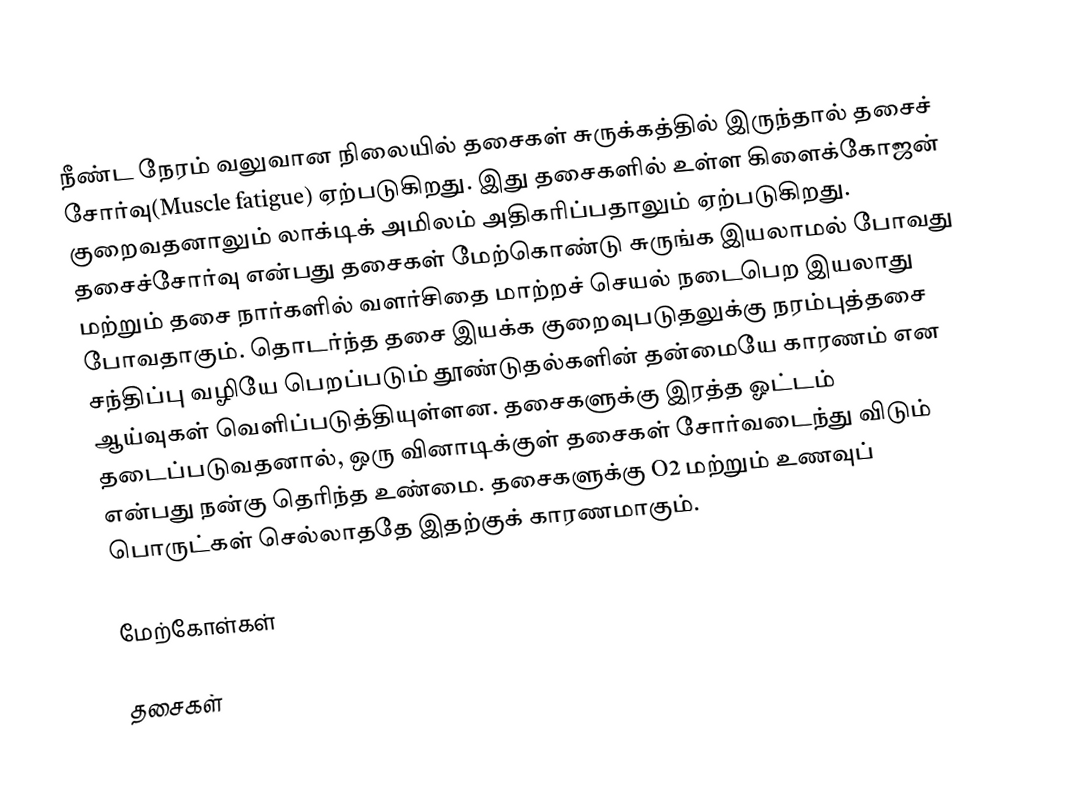
நீண்ட நேரம் வலுவான நிலையில் தசைகள் சுருக்கத்தில் இருந்தால் தசைச் சோர்வு(Muscle fatigue) ஏற்படுகிறது. இது தசைகளில் உள்ள கிளைக்கோஜன் குறைவதனாலும் லாக்டிக் அமிலம் அதிகரிப்பதாலும் ஏற்படுகிறது. தசைச்சோர்வு என்பது தசைகள் மேற்கொண்டு சுருங்க இயலாமல் போவது மற்றும் தசை நார்களில் வளர்சிதை மாற்றச் செயல் நடைபெற இயலாது போவதாகும். தொடர்ந்த தசை இயக்க குறைவுபடுதலுக்கு நரம்புத்தசை சந்திப்பு வழியே பெறப்படும் தூண்டுதல்களின் தன்மையே காரணம் என ஆய்வுகள் வெளிப்படுத்தியுள்ளன. தசைகளுக்கு இரத்த ஓட்டம் தடைப்படுவதனால், ஒரு வினாடிக்குள் தசைகள் சோர்வடைந்து விடும் என்பது நன்கு தெரிந்த உண்மை. தசைகளுக்கு O2 மற்றும் உணவுப் பொருட்கள் செல்லாததே இதற்குக் காரணமாகும்.

மேற்கோள்கள்

தசைகள்